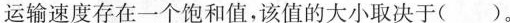
运输速度存在一个饱和值，该值的大小取决于( )。